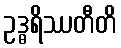
ဥဒ္ဓရိဿတီတိ